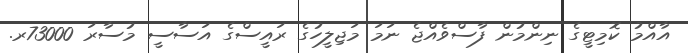
އާއްމު ކޮމިޓީގެ ނިންމުން ފާސްވެއްޖެ ނަމަ މަޖިލީހުގެ ރައީސްގެ އަސާސީ މުސާރަ 73000ރ.